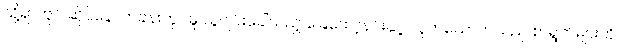
သို့ရာတွင် ဆိုင်နောက်ခန်းတွင်မူ ယူဂျင်းခေါ်သည့် ခြေထော့နင်းနှင့် လူတယောက်သည် စာရွက်များကို